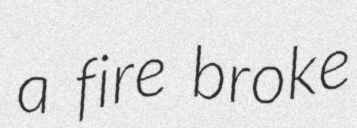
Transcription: a fire broke